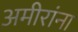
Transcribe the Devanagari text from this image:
अमीरांना